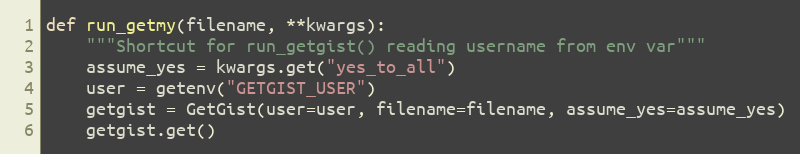
Language: Python
def run_getmy(filename, **kwargs):
    """Shortcut for run_getgist() reading username from env var"""
    assume_yes = kwargs.get("yes_to_all")
    user = getenv("GETGIST_USER")
    getgist = GetGist(user=user, filename=filename, assume_yes=assume_yes)
    getgist.get()